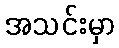
အသင်းမှာ